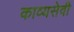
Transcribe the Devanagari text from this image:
काव्यसेवी